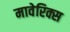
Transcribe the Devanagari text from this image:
मावेरिक्स